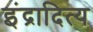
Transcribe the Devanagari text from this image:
इंद्रादित्य